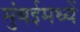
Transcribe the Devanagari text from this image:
मुंबईमध्यें